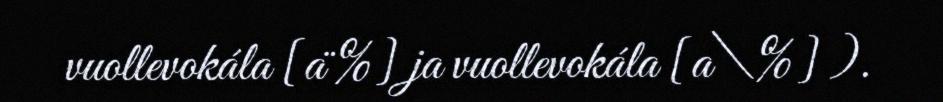
vuollevokála [a¨%] ja vuollevokála [a\%] ).